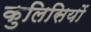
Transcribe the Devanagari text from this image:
कुलिसियों